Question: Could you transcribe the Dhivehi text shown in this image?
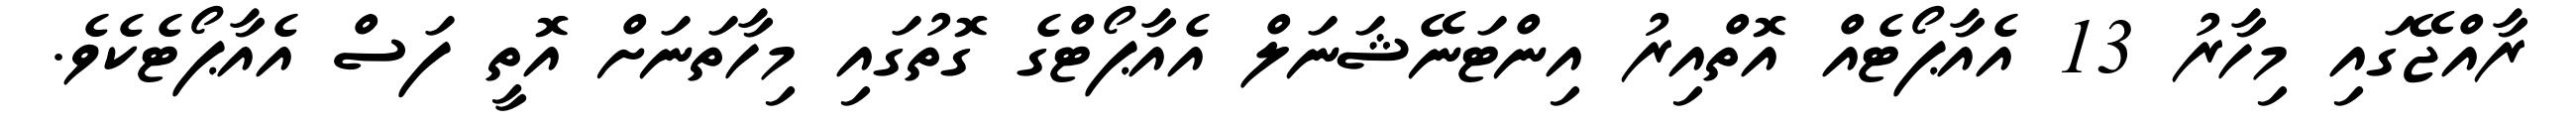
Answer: ރާއްޖޭގައި މިހާރު 13 އެއާޕޯޓެއް އޮތްއިރު އިންޓަނޭޝަނަލް އެއާޕޯޓްގެ ގޮތުގައި މިހާތަނަށް އޮތީ ފަސް އެއާޕޯޓެކެވެ.